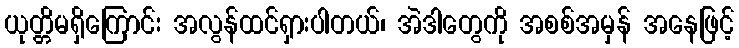
ယုတ္တိမရှိကြောင်း အလွန်ထင်ရှားပါတယ်၊ အဲဒါတွေကို အစစ်အမှန် အနေဖြင့်